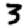
Digit: 3